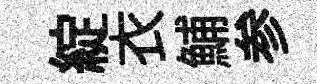
綻衣鯆参